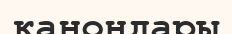
канондары